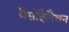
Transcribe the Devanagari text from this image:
वैसोदैलैशन